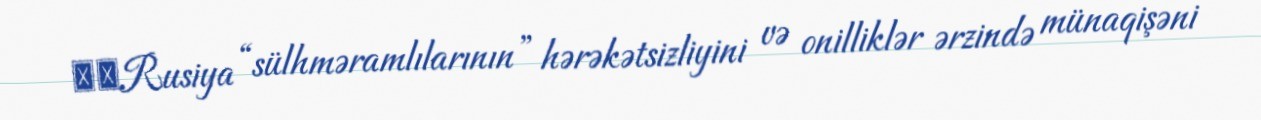
▪️Rusiya “sülhməramlılarının” hərəkətsizliyini və onilliklər ərzində münaqişəni